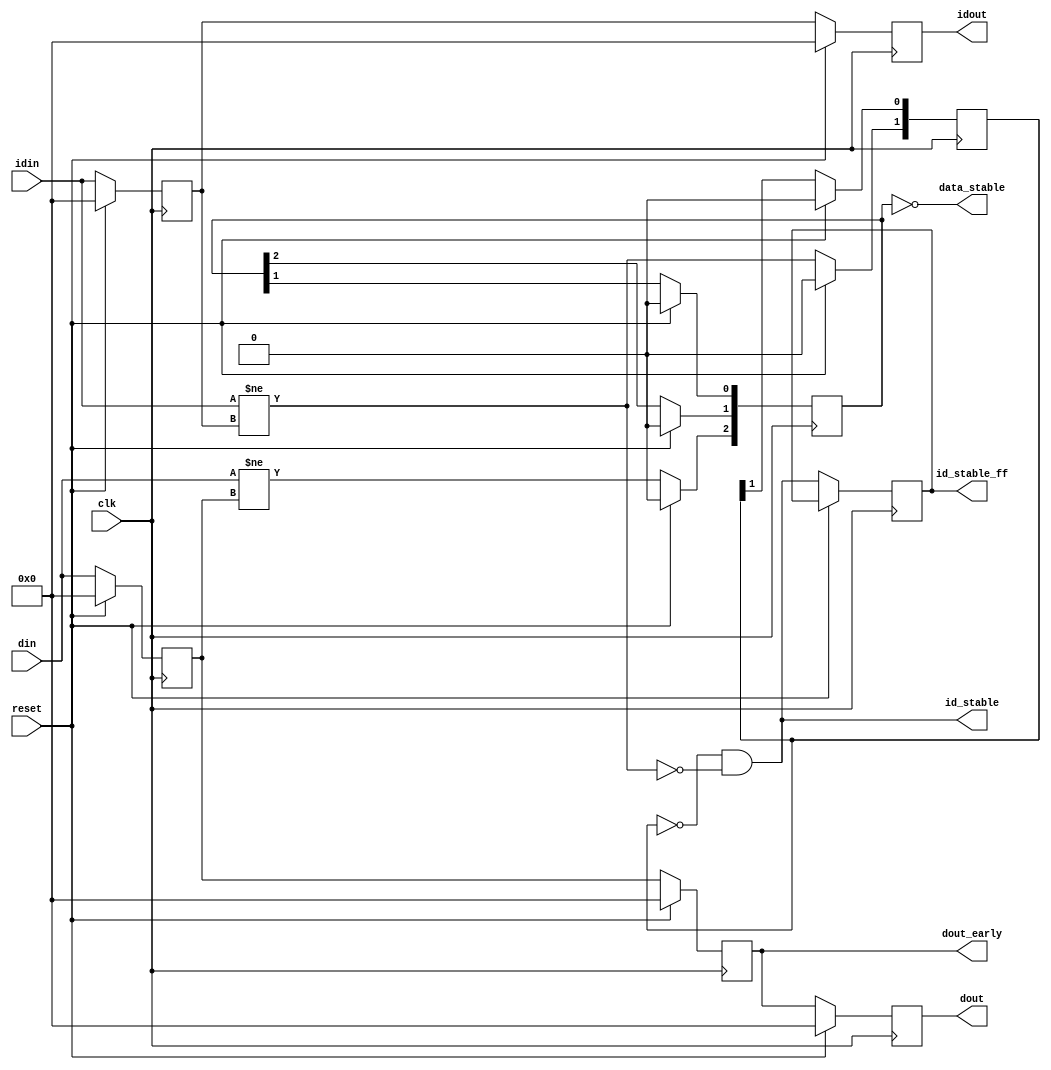
module axi_traffic_gen_v2_0_7_regslice
  #(
    parameter DWIDTH    = 64, 
    parameter IDWIDTH   = 64,     
    parameter DATADEPTH = 3 , 
    parameter IDDEPTH   = 2
    )
   (
    input  [DWIDTH-1:0 ]  din         ,
    output [DWIDTH-1:0 ]  dout        ,
    output [DWIDTH-1:0 ]  dout_early  , 
    input  [IDWIDTH-1:0]  idin        ,
    output [IDWIDTH-1:0]  idout       ,
    output                id_stable   ,
    output reg            id_stable_ff,
    output                data_stable , 
    input                 clk         ,
    input                 reset
    );


   reg [DWIDTH-1:0]          datapath [0:DATADEPTH-1];   
   reg [IDWIDTH-1:0]          idpath [0:IDDEPTH-1];
   reg [DATADEPTH-1:0]          din_newpath  ;
   reg [IDDEPTH-1:0]          idin_newpath  ;   
   
     
   integer                  ix;




   wire din_new  =  (din   != datapath[DATADEPTH-1]);
   wire idin_new =  (idin  != idpath[IDDEPTH-1]);  
   
   always @(posedge clk)
     begin

        if(reset)
          begin             
             for(ix = 0; ix <DATADEPTH ; ix = ix + 1)
               datapath[ix] <= 0;
             
             for(ix = 0; ix <IDDEPTH ; ix = ix + 1)
               idpath[ix] <= 0;
             
             idin_newpath <= 0;
             din_newpath  <= 0;
                         
          end
        else
          begin             
             
             datapath[DATADEPTH-1]      <= din;
             idpath[IDDEPTH-1]          <= idin;
             din_newpath[DATADEPTH-1]   <= din_new;
             idin_newpath[IDDEPTH-1]    <= idin_new;
             
             for(ix = 0; ix <DATADEPTH-1 ; ix = ix + 1)
               datapath[ix] <= datapath[ix+1];

             for(ix = 0; ix <DATADEPTH-1 ; ix = ix + 1)
               din_newpath[ix] <= din_newpath[ix+1];
                                     
             for(ix = 0; ix <IDDEPTH-1 ; ix = ix + 1)
               idpath[ix] <= idpath[ix+1];

             for(ix = 0; ix <IDDEPTH-1 ; ix = ix + 1)
               idin_newpath[ix] <= idin_newpath[ix+1];

             id_stable_ff <= id_stable;
                          
          end

        
     end // always @ (posedge clk)

   generate
      if (DATADEPTH > 1) begin : g1
         assign dout_early        = datapath[1];
      end else begin : g2
         assign dout_early        = 0;      
      end              
   endgenerate
   
   
   assign dout              = datapath[0];
   assign idout             = idpath[0];
   assign id_stable         = (idin_newpath == 0) && (idin_new==0);
   assign data_stable       = (din_newpath == 0) &&  (din_newpath == 0);   

endmodule